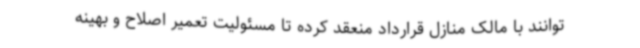
توانند با مالک منازل قرارداد منعقد کرده تا مسئولیت تعمیر اصلاح و بهینه